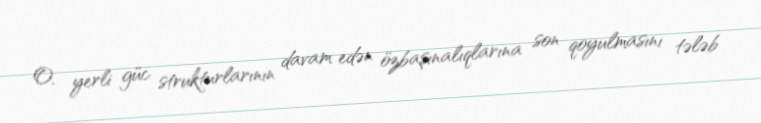
O, yerli güc strukturlarının davam edən özbaşınalıqlarına son qoyulmasını tələb